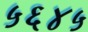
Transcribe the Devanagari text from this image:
५६४५